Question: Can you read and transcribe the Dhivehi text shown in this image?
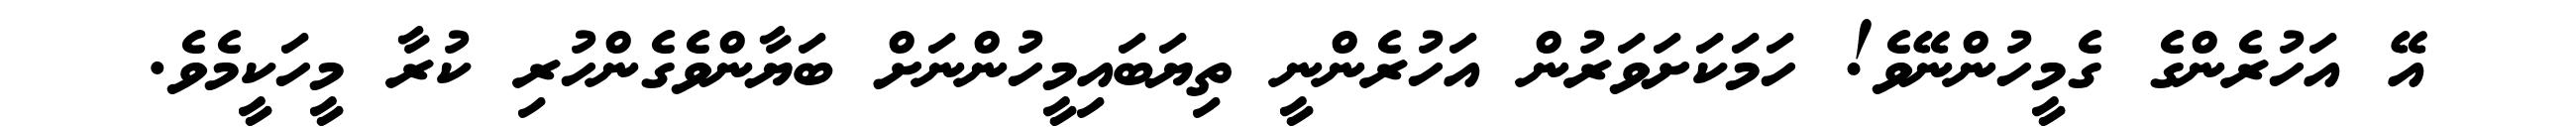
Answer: އޭ އަހުރެންގެ ގެމީހުންނޭވެ! ހަމަކަށަވަރުން އަހުރެންނީ ތިޔަބައިމީހުންނަށް ބަޔާންވެގެންހުރި ކުރާ މީހަކީމެވެ.